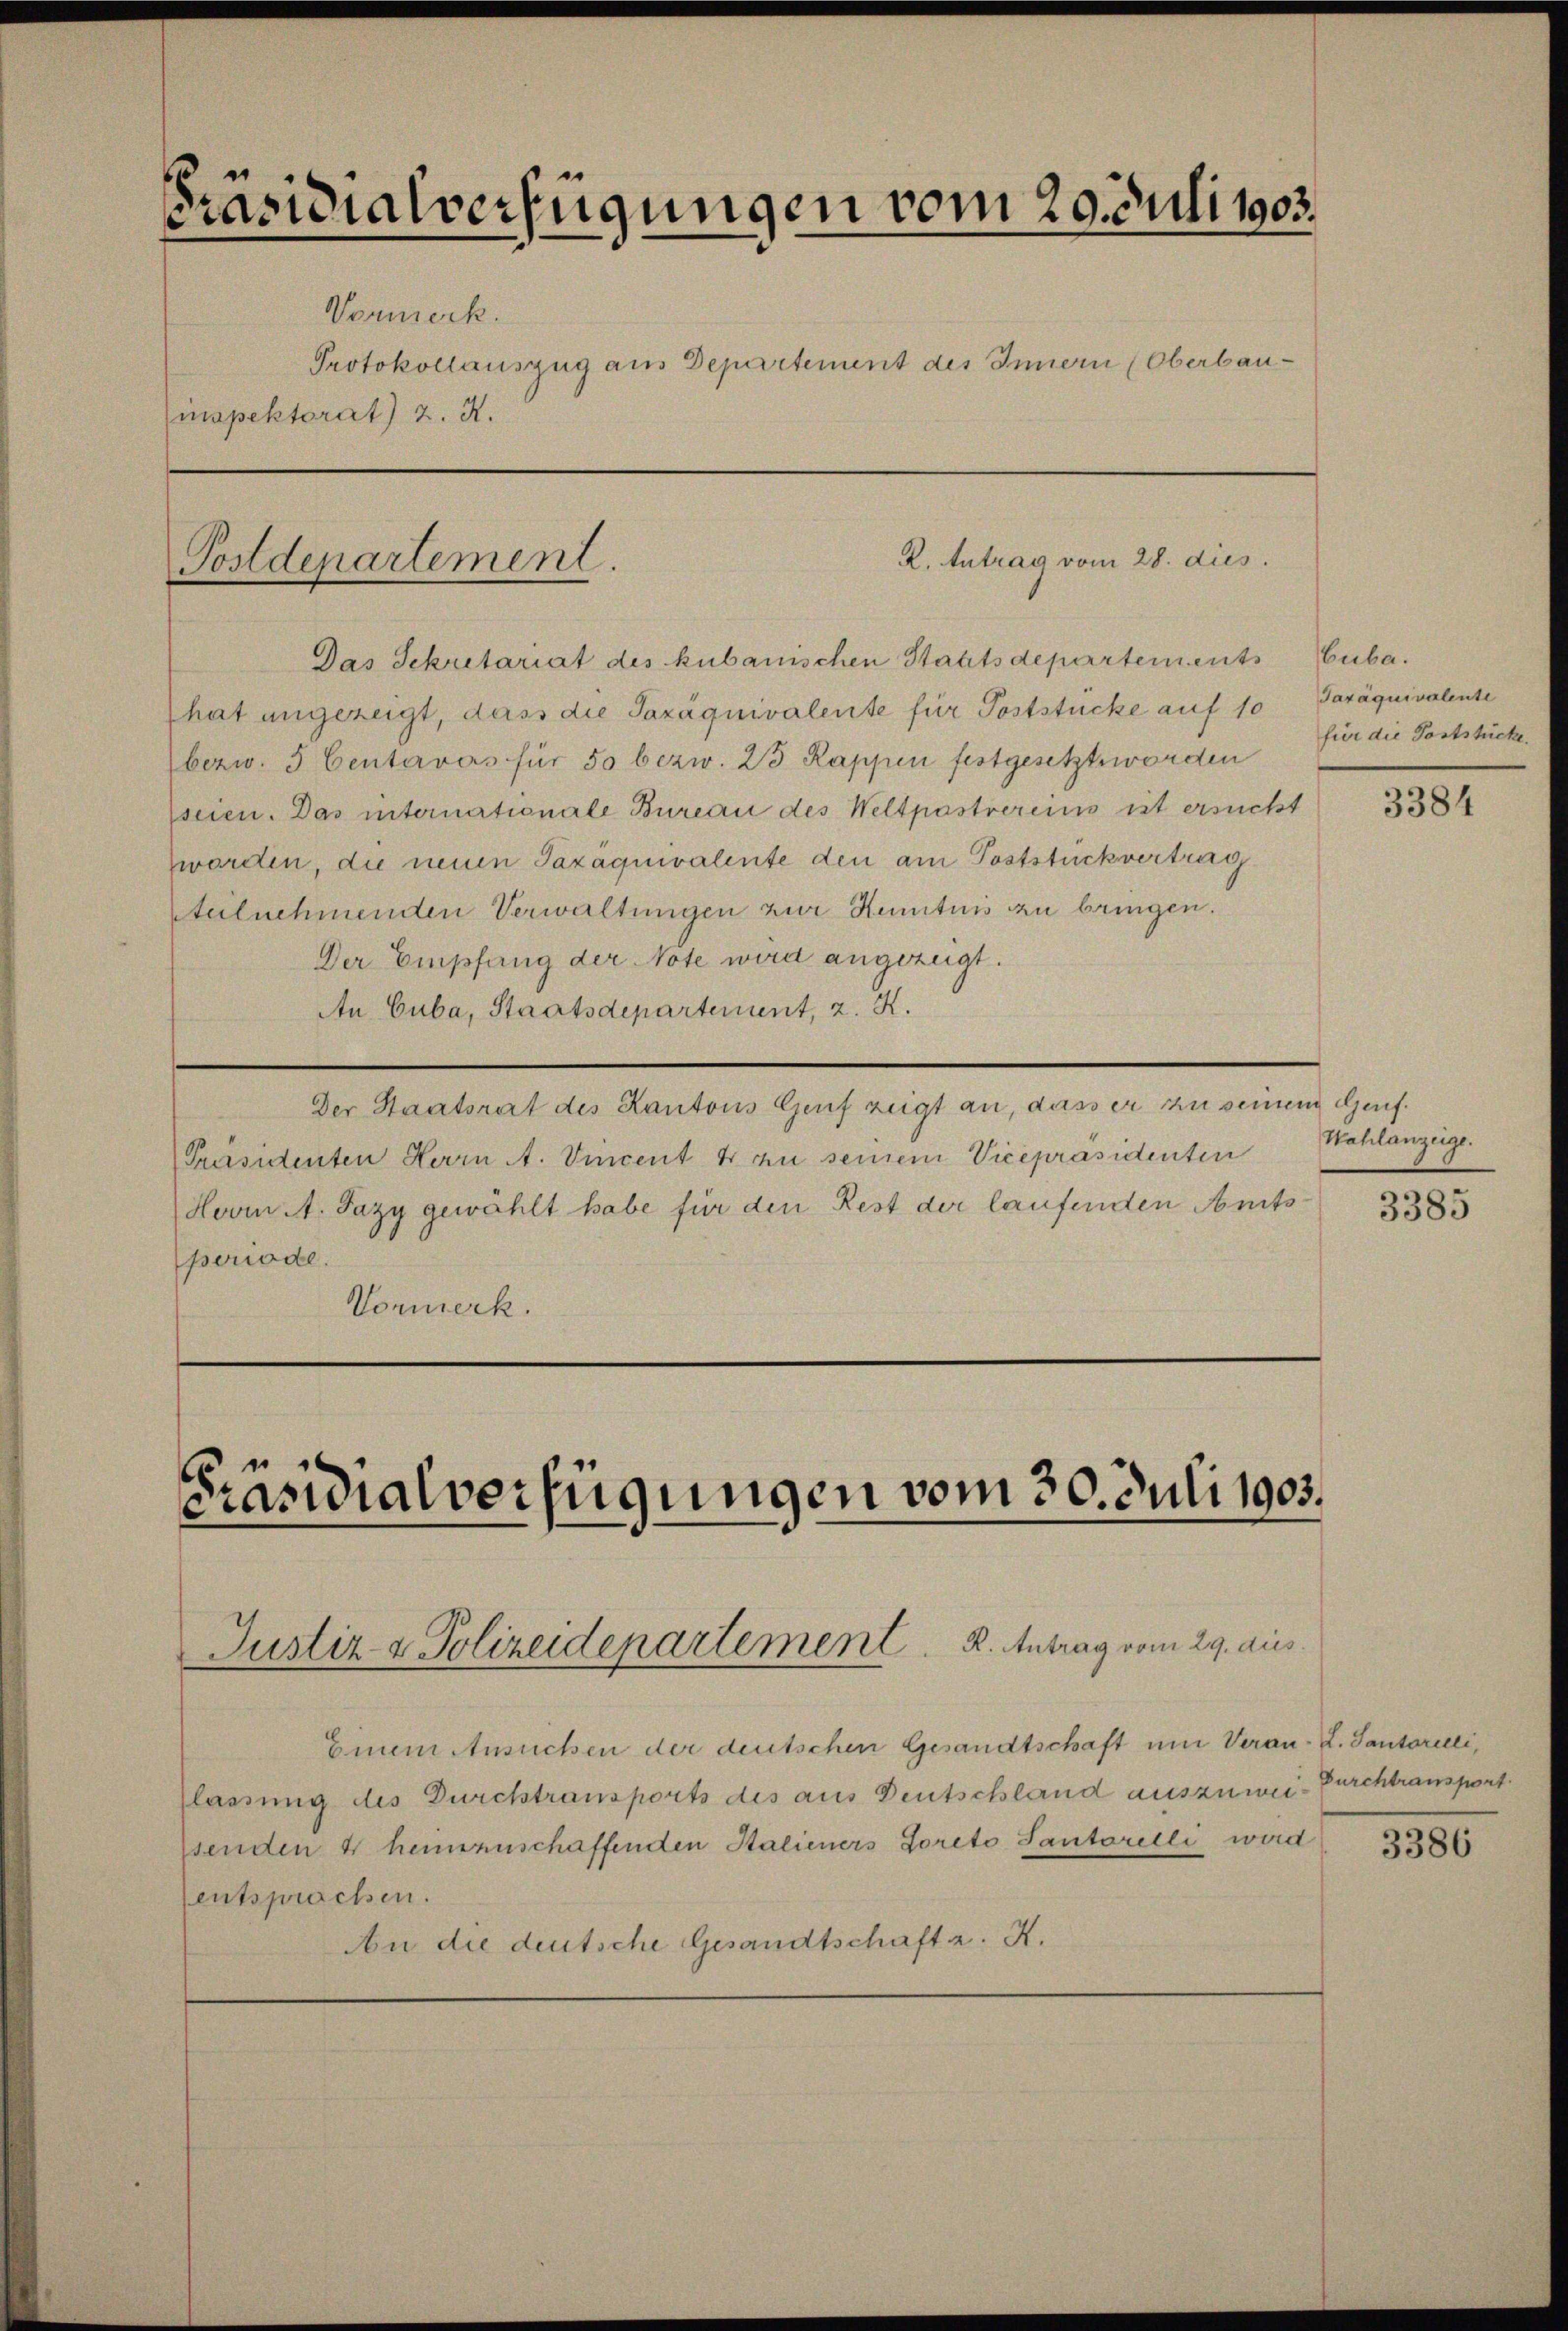
Präsidialverfügungen vom 29. Juli 1905.
Vormerk.
Protokollauszug aus Departement des Innern (Oberbau¬
Einspektorat) 2. X.

Postdepartement.

R. Antrag vom 28. dies

Präsidialverfügungen vom 30. Juli 1905.

Justiz- & Polizeidepartement  .   K. Antrag vom 29. die

Einem Ansuchen der deutschen Gesandtschaft um Veran- L. Santarieli,
lassung des Durchtransports des aus Deutschland auszuweisenden 4 heimenschaffenden Stalieners Loreto Santorelli wird
entsprachen.
n die deutsche Gesandtschaft z. K.

Das Sekretariat des kubanischen Staatsdepartements
hat angezeigt, dass die Sazáquivalente für Poststücke auf 10
bezw. 5 Centarvás für 50 bezw. 23 Rappen festgesetzt worden
seien. Das internationale Bureau des Weltpostvereins ist ersucht
worden, die neuen Taxaquivalente den am Poststuck vertrag
Ateilnehmenden Verwaltungen zur Kenntnis zu bringen.
Der Empfang der Note wird angezeigt.
An Cuba, Staatsdepartement, z. K.
Der Staatsrat des Kantons Genf zeigt an, dass er zu seinem Genf.
Präsidenten Herrn A. Vincent 4 zu seinem Vicepräsidenten
Hovi A. Fazy gewählt habe für den Rest der laufenden Amtsperiode.
Vormerk.

uba.
Jaráquivalente
für die Poststücke.

Wahlanzeige.

3384

3385

Durchtransport

3386